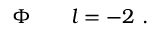
\Phi \qquad l = - 2 \ .